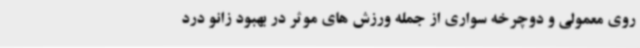
روی معمولی و دوچرخه سواری از جمله ورزش های موثر در بهبود زانو درد